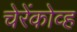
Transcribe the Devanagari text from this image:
चेरेंकोव्ह